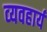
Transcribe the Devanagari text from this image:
व्‍यवहार्य